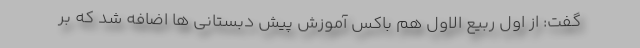
گفت: از اول ربیع الاول هم باکس آموزش پیش دبستانی ها اضافه شد که بر